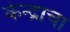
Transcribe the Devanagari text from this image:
केन्द्राचा